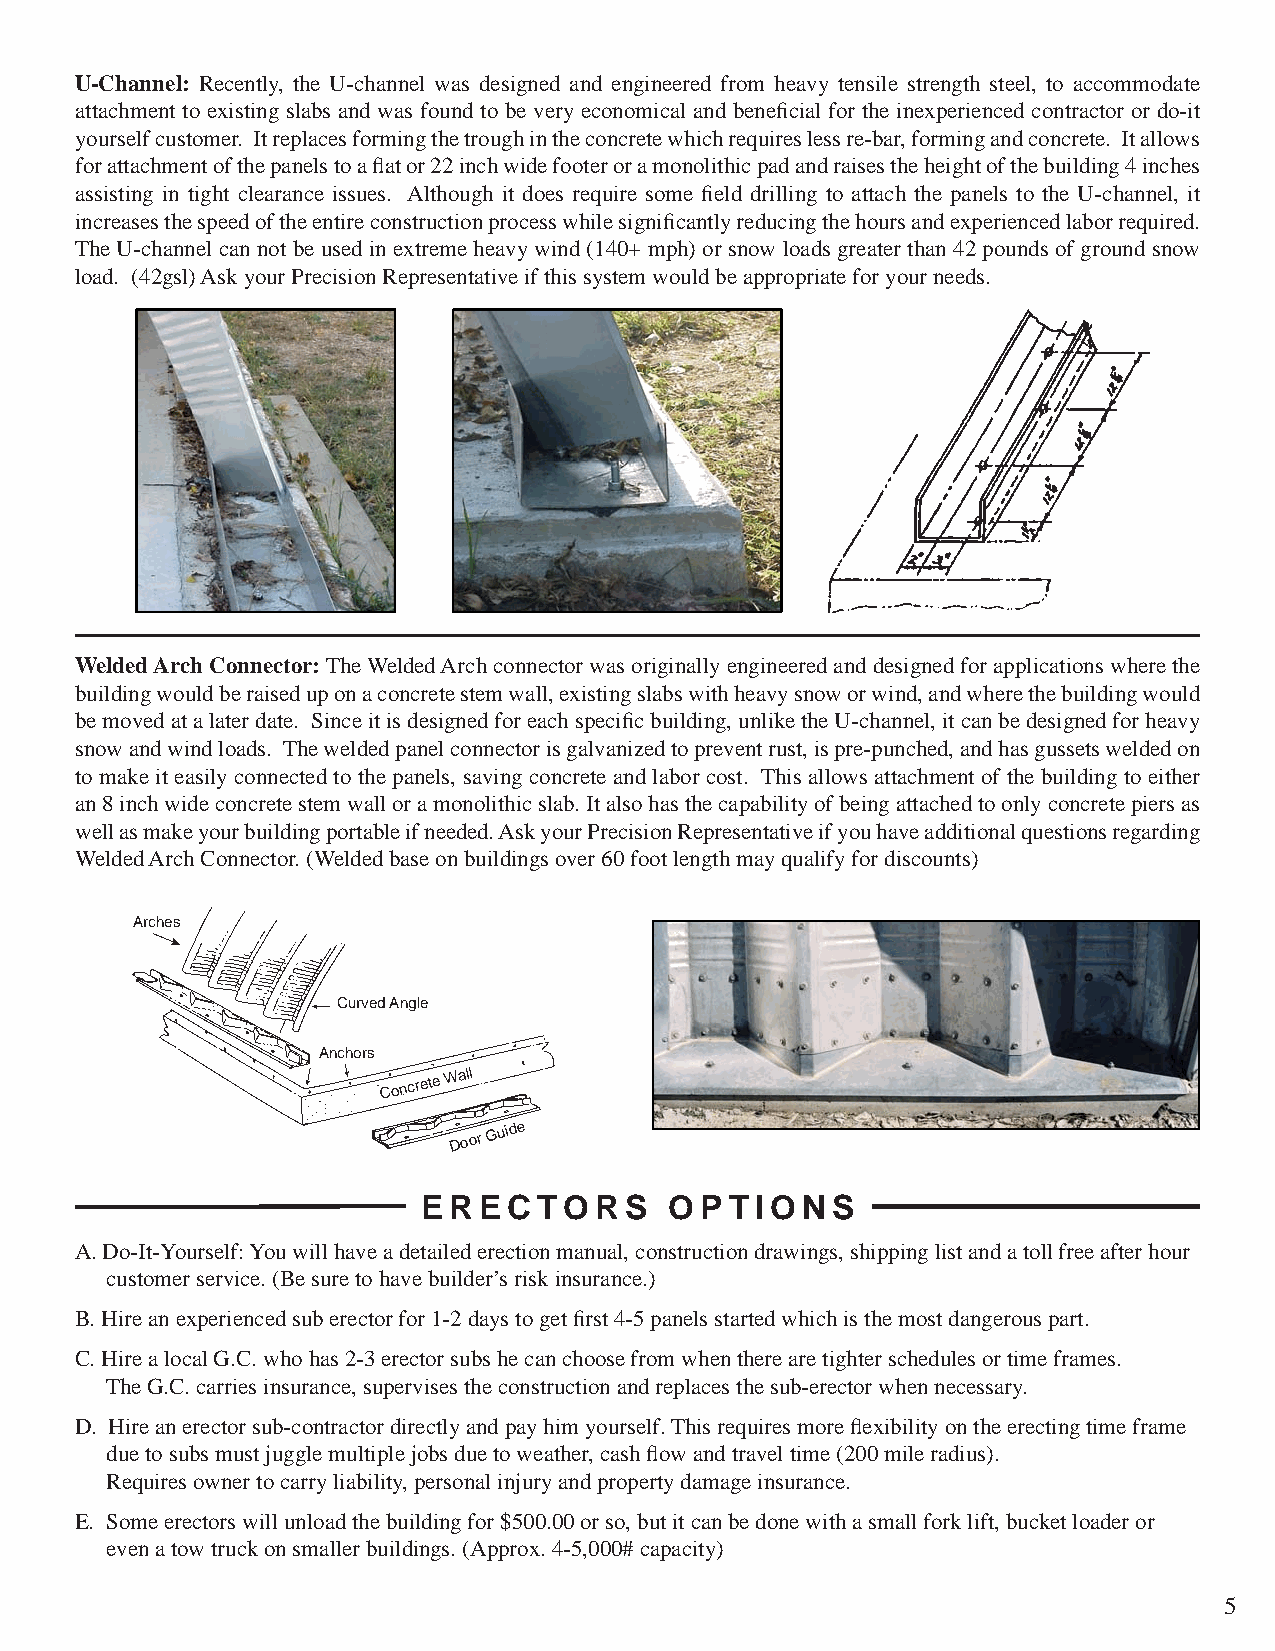
U-Channel: Recently, the U-channel was designed and engineered from heavy tensile strength steel, to accommodate
 attachment to existing slabs and was found to be very economical and benefi cial for the inexperienced contractor or do-it
 yourself customer. It replaces forming the trough in the concrete which requires less re-bar, forming and concrete. It allows
 for attachment of the panels to a fl at or 22 inch wide footer or a monolithic pad and raises the height of the building 4 inches
 assisting in tight clearance issues. Although it does require some fi eld drilling to attach the panels to the U-channel, it
 increases the speed of the entire construction process while signifi cantly reducing the hours and experienced labor required.
 The U-channel can not be used in extreme heavy wind (140+ mph) or snow loads greater than 42 pounds of ground snow
 load. (42gsl) Ask your Precision Representative if this system would be appropriate for your needs.
 Welded Arch Connector: The Welded Arch connector was originally engineered and designed for applications where the
 building would be raised up on a concrete stem wall, existing slabs with heavy snow or wind, and where the building would
 be moved at a later date. Since it is designed for each specifi c building, unlike the U-channel, it can be designed for heavy
 snow and wind loads. The welded panel connector is galvanized to prevent rust, is pre-punched, and has gussets welded on
 to make it easily connected to the panels, saving concrete and labor cost. This allows attachment of the building to either
 an 8 inch wide concrete stem wall or a monolithic slab. It also has the capability of being attached to only concrete piers as
 well as make your building portable if needed. Ask your Precision Representative if you have additional questions regarding
 Welded Arch Connector. (Welded base on buildings over 60 foot length may qualify for discounts)
 Arches
 Curved Angle
 Anchors
 Concrete
 Wall
 Door
 Guide
 ERECTORS        OPTIONS
 A. Do-It-Yourself: You will have a detailed erection manual, construction drawings, shipping list and a toll free after hour
 customer service. (Be sure to have builder’s risk insurance.)
 B. Hire an experienced sub erector for 1-2 days to get fi rst 4-5 panels started which is the most dangerous part.
 C. Hire a local G.C. who has 2-3 erector subs he can choose from when there are tighter schedules or time frames.
 The G.C. carries insurance, supervises the construction and replaces the sub-erector when necessary.
 D. Hire an erector sub-contractor directly and pay him yourself. This requires more fl exibility on the erecting time frame
 due to subs must juggle multiple jobs due to weather, cash fl ow and travel time (200 mile radius).
 Requires owner to carry liability, personal injury and property damage insurance.
 E. Some erectors will unload the building for $500.00 or so, but it can be done with a small fork lift, bucket loader or
 even a tow truck on smaller buildings. (Approx. 4-5,000# capacity)
 5